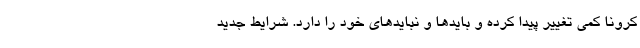
کرونا کمی تغییر پیدا کرده و بایدها و نبایدهای خود را دارد. شرایط جدید